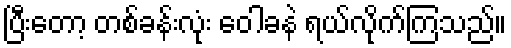
ပြီးတော့ တစ်ခန်းလုံး ဝေါခနဲ ရယ်လိုက်ကြသည်။